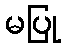
မပြု